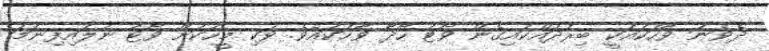
ދެވަނަ ވާހަކައަކީ ބިރުދައްކައިގެން ވޯޓު ހޯދާ ވާހަކައެވެ. ވަކި މީހަކަށް ވޯޓު ނުލައިފިނަމަ